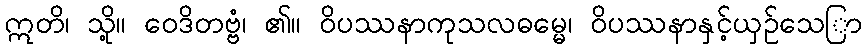
ဣတိ၊ သို့။ ဝေဒိတဗ္ဗံ၊ ၏။ ဝိပဿနာကုသလဓမ္မေ၊ ဝိပဿနာနှင့်ယှဉ်သေြာ